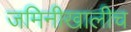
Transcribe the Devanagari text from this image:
जमिनीखालीच